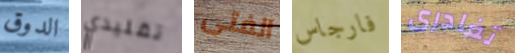
الدوق تقليدي الفتى فارجاس تغادرى